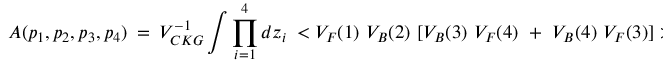
{ \cal A } ( p _ { 1 } , p _ { 2 } , p _ { 3 } , p _ { 4 } ) ~ = ~ V _ { C K G } ^ { - 1 } \int \prod _ { i = 1 } ^ { 4 } d z _ { i } ~ < { V _ { F } ( 1 ) ~ V _ { B } ( 2 ) ~ [ V _ { B } ( 3 ) ~ V _ { F } ( 4 ) ~ + ~ V _ { B } ( 4 ) ~ V _ { F } ( 3 ) ] } > ~ ,